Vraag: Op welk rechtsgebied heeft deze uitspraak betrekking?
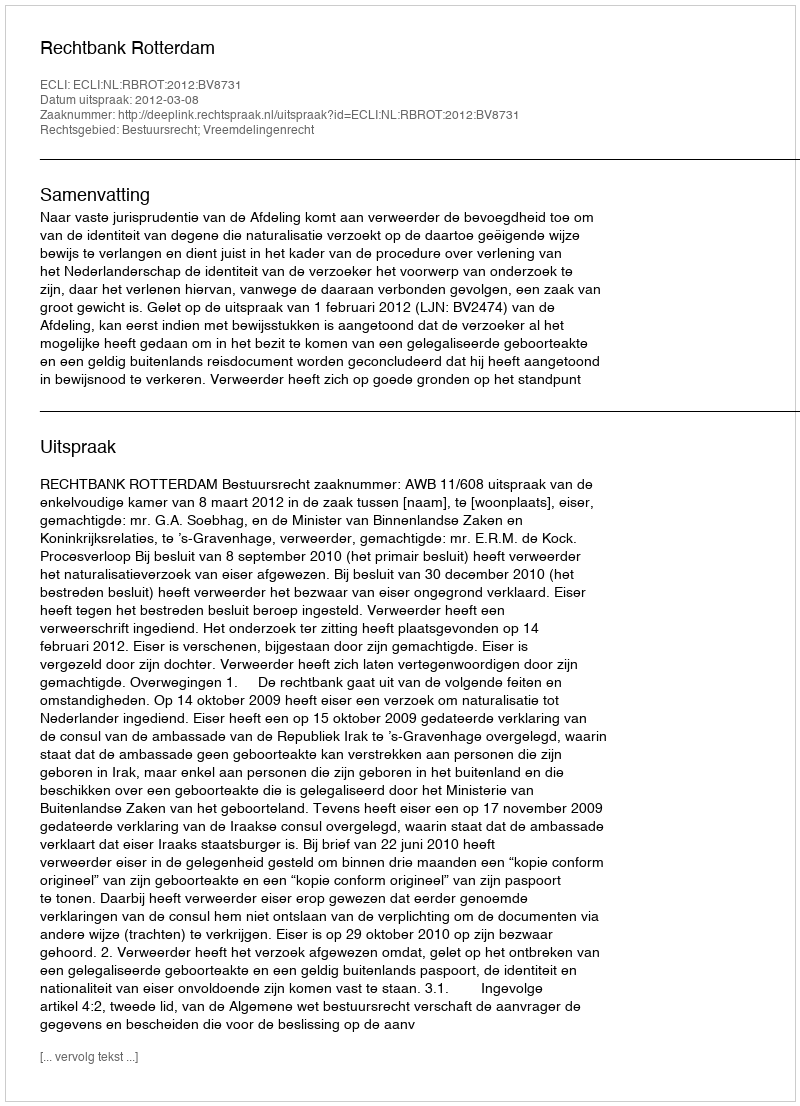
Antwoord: Bestuursrecht; Vreemdelingenrecht